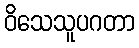
ဝိသေသူပဂတာ